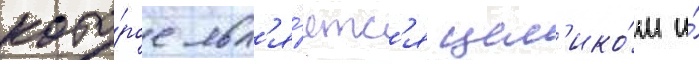
кото́рое явл'я́етс'я цел'ико́м и́